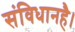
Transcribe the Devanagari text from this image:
संविधानहै।